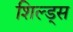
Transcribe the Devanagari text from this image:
शिल्ड्स